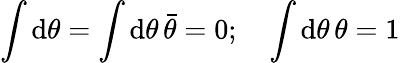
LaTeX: \int\mathrm{d}\theta=\int\mathrm{d}\theta\, \bar{{\theta}}=0;\quad\int\mathrm{d}\theta\, \theta=1